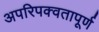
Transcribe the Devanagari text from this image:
अपरिपक्वतापूर्ण